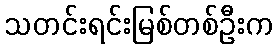
သတင်းရင်းမြစ်တစ်ဦးက